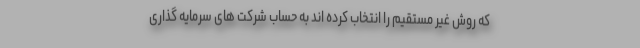
که روش غیر مستقیم را انتخاب کرده اند به حساب شرکت های سرمایه گذاری